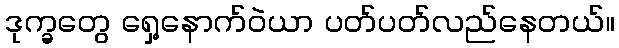
ဒုက္ခတွေ ရှေ့နောက်ဝဲယာ ပတ်ပတ်လည်နေတယ်။